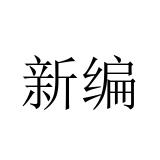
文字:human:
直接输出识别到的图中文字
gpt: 新编